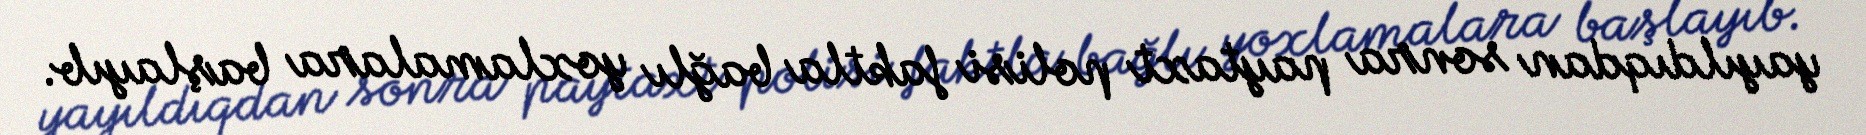
yayıldıqdan sonra paytaxt polisi faktla bağlı yoxlamalara başlayıb.